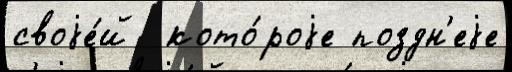
своjе́й  кото́роjе поздн'еjе